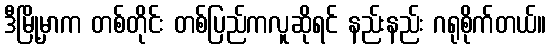
ဒီမြို့မှာက တစ်တိုင်း တစ်ပြည်ကလူဆိုရင် နည်းနည်း ဂရုစိုက်တယ်။